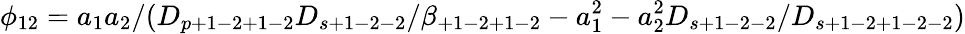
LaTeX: \phi_{12}=a_{1}a_{2}/(D_{p+1-2+1-2}D_{s+1-2-2}/\beta_{+1-2+1-2}-a_{1}^{2}-a_{2}^{2}D_{s+1-2-2}/D_{s+1-2+1-2-2})